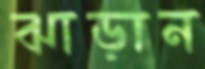
ঝাড়ান